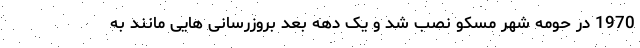
1970 در حومه شهر مسکو نصب شد و یک دهه بعد بروزرسانی هایی مانند به